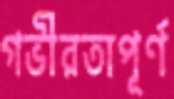
গভীরতাপূর্ণ